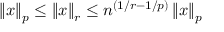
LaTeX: \left\| x \right\| _ { p } \leq \left\| x \right\| _ { r } \leq n ^ { ( 1 / r - 1 / p ) } \left\| x \right\| _ { p }